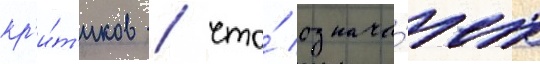
кр'и́т'иков / что́ означа́ет